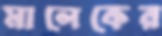
মালেকের